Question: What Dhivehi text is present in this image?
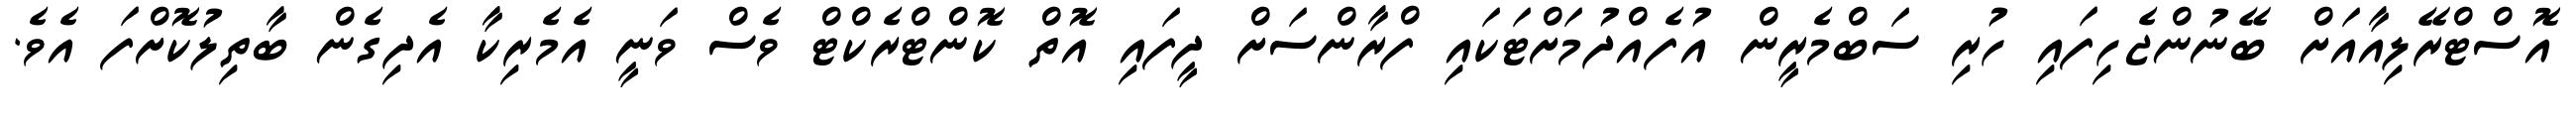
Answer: އޮސްޓްރޭލިއާއަށް ބޭނުންޖެހިފައި ހުރި ސަބްމެރީން އުފެއްދުމަށްޓަކައި ފްރާންސަށް ދީފައި އޮތް ކޮންޓްރެކްޓް ވެސް ވަނީ އެމެރިކާ އެދިގެން ބާތިލުކޮށްފަ އެވެ.